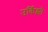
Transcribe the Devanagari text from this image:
उर्किझो